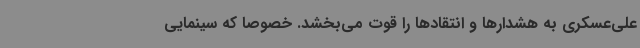
علی‌عسکری به هشدارها و انتقادها را قوت می‌بخشد. خصوصا که سینمایی